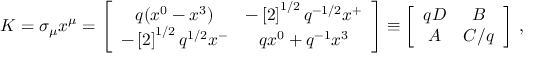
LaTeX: K = \sigma _ { \mu } x ^ { \mu } = \left[ \begin{array} { c c } { { q ( x ^ { 0 } - x ^ { 3 } ) } } & { { - \left[ 2 \right] ^ { 1 / 2 } q ^ { - 1 / 2 } x ^ { + } } } \\ { { - \left[ 2 \right] ^ { 1 / 2 } q ^ { 1 / 2 } x ^ { - } } } & { { q x ^ { 0 } + q ^ { - 1 } x ^ { 3 } } } \end{array} \right] \equiv \left[ \begin{array} { c c } { { q D } } & { { B } } \\ { { A } } & { { C / q } } \end{array} \right] \; ,